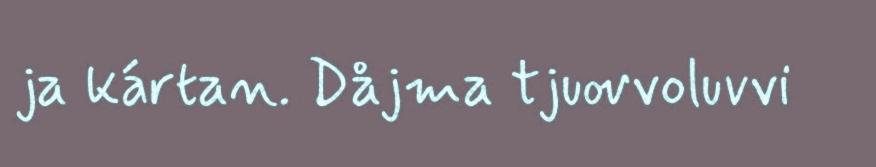
ja kártan. Dåjma tjuovvoluvvi